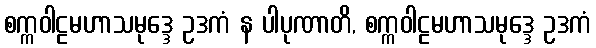
စက္ကဝါဠမဟာသမုဒ္ဒေ ဥဒကံ န ပါပုဏာတိ, စက္ကဝါဠမဟာသမုဒ္ဒေ ဥဒကံ